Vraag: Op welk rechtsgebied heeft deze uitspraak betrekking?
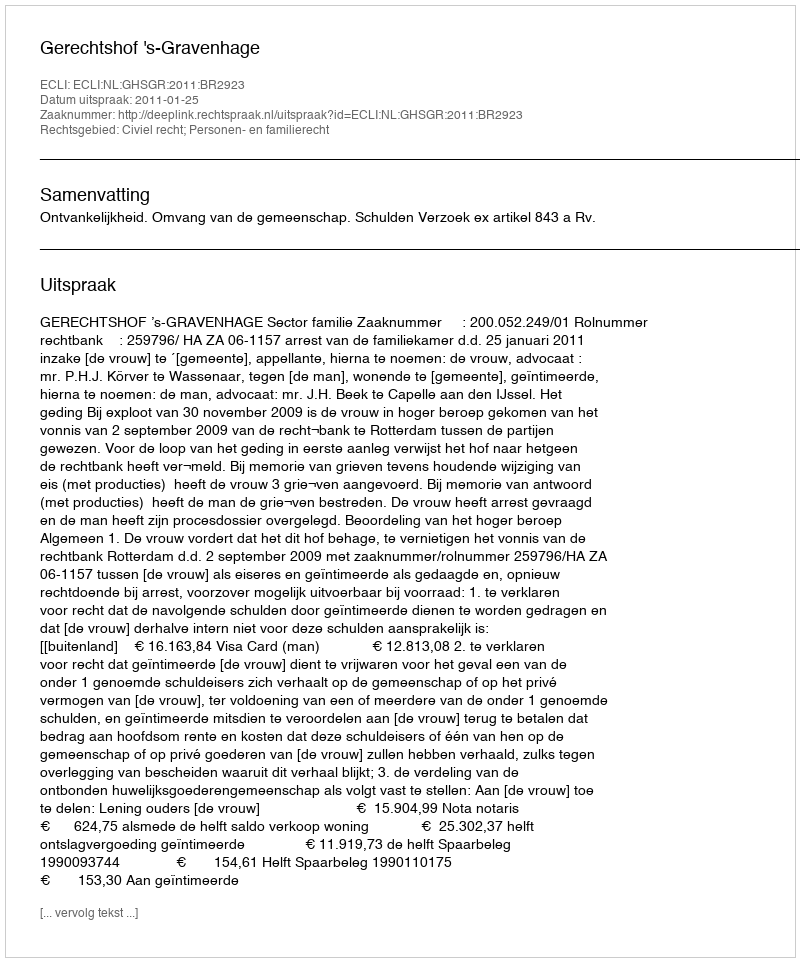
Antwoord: Civiel recht; Personen- en familierecht